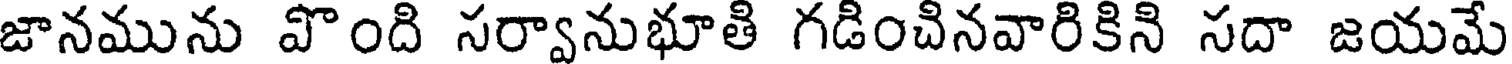
జానమును పొంది సర్వానుభూతి గడించినవారికిని సదా జయమే